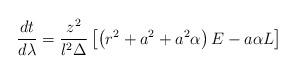
LaTeX: \begin{align*}\frac{dt}{d\lambda}= \frac{z^2}{l^2\Delta}\left[\left(r^2+a^2+a^2 \alpha\right) E- a \alpha L\right]\end{align*}